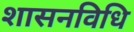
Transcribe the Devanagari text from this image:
शासनविधि